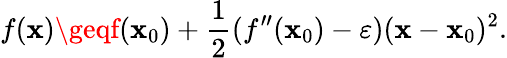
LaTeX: f(\mathbf{x})\geqf(\mathbf{x}_{0})+{\frac{{1}}{{2}}}(f^{\prime\prime}(\mathbf{x}_{0})-\varepsilon)(\mathbf{x}-\mathbf{x}_{0})^{2}.